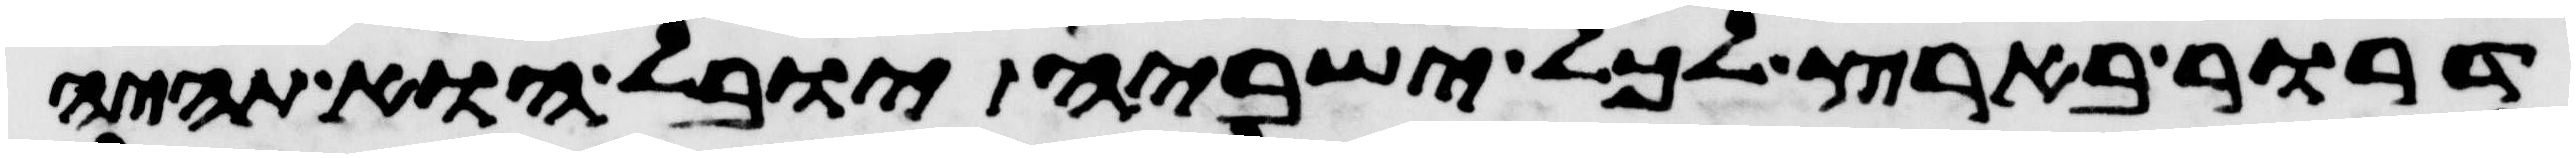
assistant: דרור בארץ לכל ישביה יובל הוא תהיה